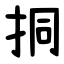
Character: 挏